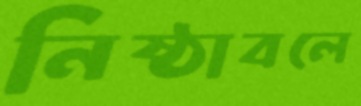
নিষ্ঠাবলে